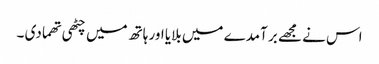
اس نے مجھے بر آمدے میں بلایا اور ہاتھ میں چٹھی تھما دی ۔